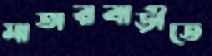
মাতারবাড়ীতে